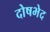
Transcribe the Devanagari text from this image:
दोषभेद